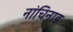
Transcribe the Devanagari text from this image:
नांचिनाड